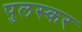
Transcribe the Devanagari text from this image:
पुलस्कर